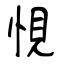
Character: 悓